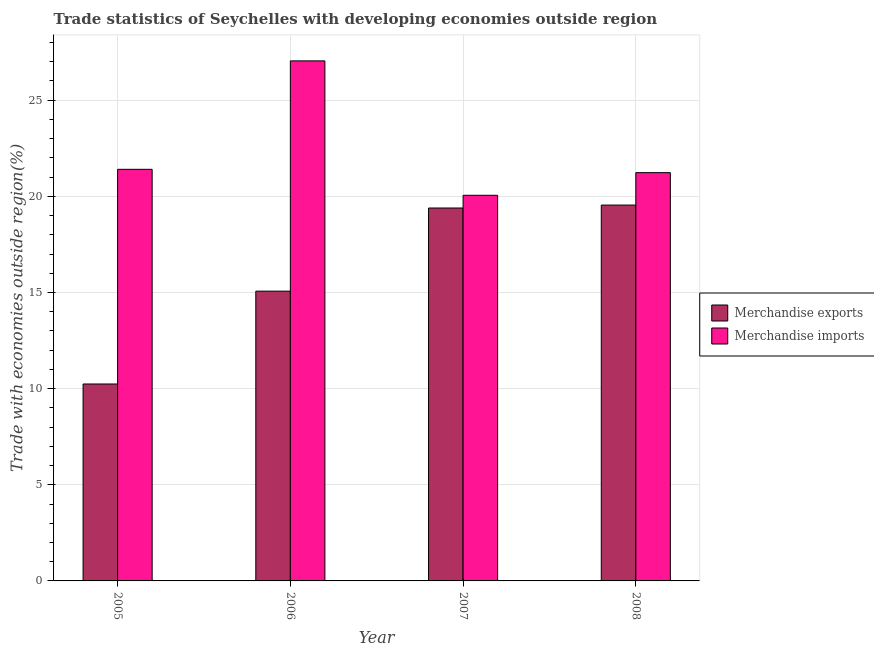
| Year | Merchandise exports | Merchandise imports |
 | --- | --- | --- |
 | 2005 | 10.2 | 21.4 |
 | 2006 | 15.1 | 27 |
 | 2007 | 19.4 | 20.1 |
 | 2008 | 19.5 | 21.2 |